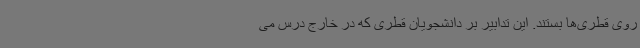
روی قطری‌ها بستند. این تدابیر بر دانشجویان قطری که در خارج درس می